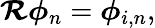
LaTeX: \boldsymbol{\mathcal{R}}\boldsymbol{\phi}_{n}=\boldsymbol{\phi}_{i,n},